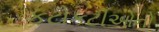
કટોકટીઓનો